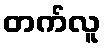
တက်လူ